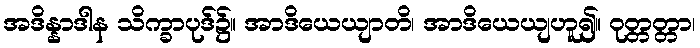
အဒိန္နာဒါန သိက္ခာပုဒ်၌။ အာဒိယေယျာတိ၊ အာဒိယေယျဟူ၍။ ဝုတ္တတ္တာ၊